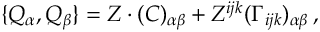
\{ Q _ { \alpha } , Q _ { \beta } \} = Z \cdot ( C ) _ { \alpha \beta } + Z ^ { i j k } ( \Gamma _ { i j k } ) _ { \alpha \beta } \, ,